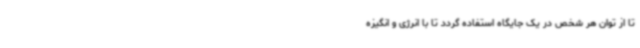
تا از توان هر شخص در یک جایگاه استفاده گردد تا با انرژی و انگیزه